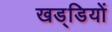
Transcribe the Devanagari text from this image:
खड्डियों